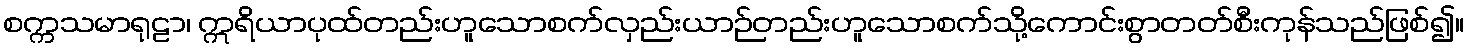
စက္ကသမာရုဠာ၊ ဣရိယာပုထ်တည်းဟူသောစက်လှည်းယာဉ်တည်းဟူသောစက်သို့ကောင်းစွာတတ်စီးကုန်သည်ဖြစ်၍။